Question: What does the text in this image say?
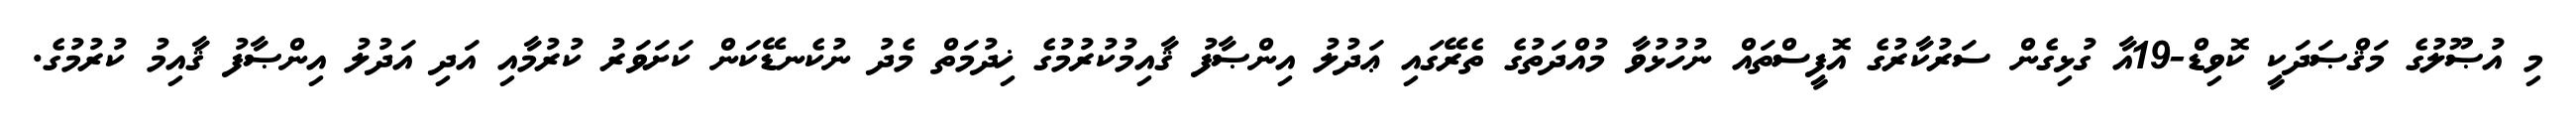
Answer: މި އުޞޫލުގެ މަޤްޞަދަކީ ކޮވިޑް-19އާ ގުޅިގެން ސަރުކާރުގެ އޮފީސްތައް ނުހުޅުވާ މުއްދަތުގެ ތެރޭގައި ޢަދުލު އިންޞާފު ޤާއިމުކުރުމުގެ ޚިދުމަތް މެދު ނުކެނޑޭކަން ކަށަވަރު ކުރުމާއި އަދި އަދުލު އިންޞާފު ޤާއިމު ކުރުމުގެ.